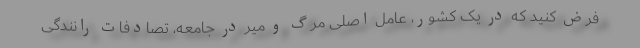
فرض کنید که در یک کشور، عامل اصلی مرگ و میر در جامعه، تصادفات رانندگی